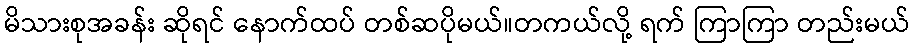
မိသားစုအခန်း ဆိုရင် နောက်ထပ် တစ်ဆပိုမယ်။တကယ်လို့ ရက် ကြာကြာ တည်းမယ်